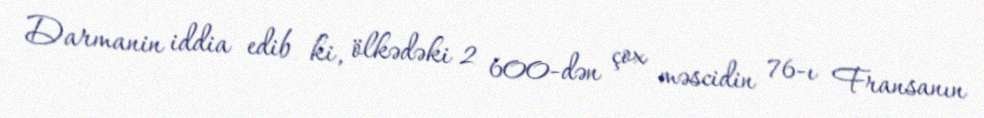
Darmanin iddia edib ki, ölkədəki 2 600-dən çox məscidin 76-ı Fransanın